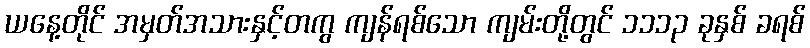
ယနေ့တိုင် အမှတ်အသားနှင့်တကွ ကျန်ရစ်သော ကျမ်းတို့တွင် ၁၁၁၃ ခုနှစ် ခရစ်